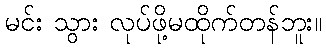
မင်း သွား လုပ်ဖို့မထိုက်တန်ဘူး။